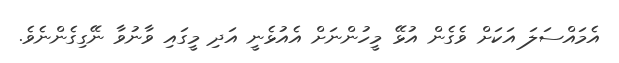
އެމައްސަލަ އަކަށް ވެެގެން އުޅޭ މީހުންނަށް އެއުޅެނީ އަދި މީގައި ވާނުވާ ނޭގިގެންނެވެ.